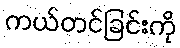
ကယ်တင်ခြင်းကို